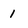
Character: 1